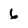
Character: 6